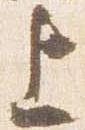
上